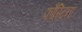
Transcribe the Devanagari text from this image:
फौस्टिना